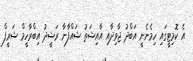
އެ ކޮމިޓީގައި ހިމެނެނީ އަބްދު ޖާވިދާއި އާއިޝަތު ޝައްފާނާ ރަޝީދު އިބްރާހީމް ޝަރީފް